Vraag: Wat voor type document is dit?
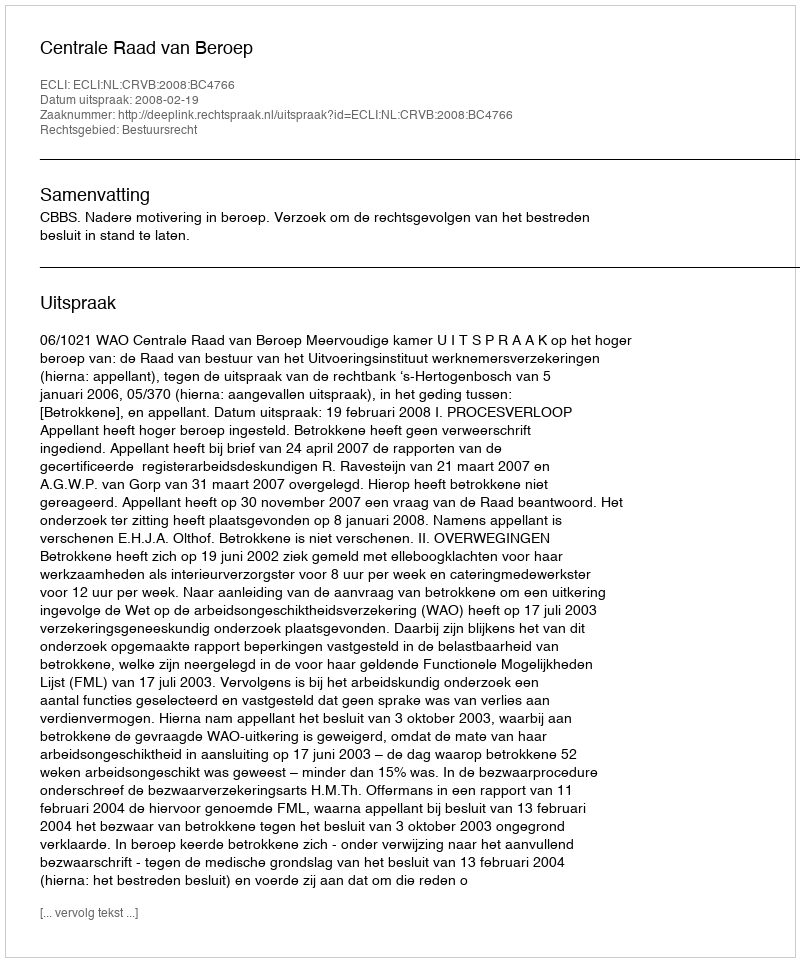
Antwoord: Uitspraak